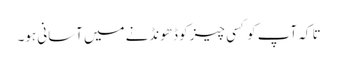
تا کہ آپ کو کسی چیز کو ڈھونڈنے میں آسانی ہو۔